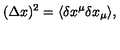
( \Delta x ) ^ { 2 } = \langle \delta x ^ { \mu } \delta x _ { \mu } \rangle ,